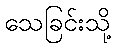
သေခြင်းသို့